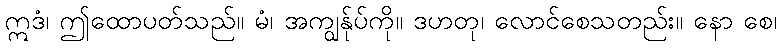
ဣဒံ၊ ဤထောပတ်သည်။ မံ၊ အကျွန်ုပ်ကို။ ဒဟတု၊ လောင်စေသတည်း။ နော စေ၊